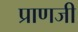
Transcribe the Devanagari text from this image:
प्राणजी